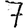
Digit: 7